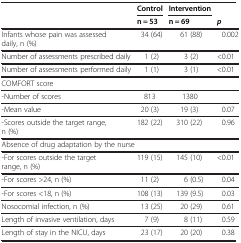
<table><thead><tr><td><b> </b></td><td><b>Control</b></td><td><b>Intervention</b></td><td><b> </b></td></tr><tr><td><b> </b></td><td><b>n = 53</b></td><td><b>n = 69</b></td><td><b><i>p</i></b></td></tr></thead><tbody><tr><td>Infants whose pain was assessed daily, n (%)</td><td>34 (64)</td><td>61 (88)</td><td>0.002</td></tr><tr><td>Number of assessments prescribed daily</td><td>1 (2)</td><td>3 (2)</td><td>&lt;0.01</td></tr><tr><td>Number of assessments performed daily</td><td>1 (1)</td><td>3 (1)</td><td>&lt;0.01</td></tr><tr><td>COMFORT score</td><td> </td><td> </td><td> </td></tr><tr><td>-Number of scores</td><td>813</td><td>1380</td><td> </td></tr><tr><td>-Mean value</td><td>20 (3)</td><td>19 (3)</td><td>0.07</td></tr><tr><td>-Scores outside the target range, n (%)</td><td>182 (22)</td><td>310 (22)</td><td>0.96</td></tr><tr><td colspan="4">Absence of drug adaptation by the nurse</td></tr><tr><td>-For scores outside the target range, n (%)</td><td>119 (15)</td><td>145 (10)</td><td>&lt;0.01</td></tr><tr><td>-For scores &gt;24, n (%)</td><td>11 (2)</td><td>6 (0.5)</td><td>0.04</td></tr><tr><td>-For scores &lt;18, n (%)</td><td>108 (13)</td><td>139 (9.5)</td><td>0.03</td></tr><tr><td>Nosocomial infection, n (%)</td><td>13 (25)</td><td>20 (29)</td><td>0.61</td></tr><tr><td>Length of invasive ventilation, days</td><td>7 (9)</td><td>8 (11)</td><td>0.59</td></tr><tr><td>Length of stay in the NICU, days</td><td>23 (17)</td><td>20 (20)</td><td>0.38</td></tr></tbody></table>